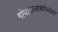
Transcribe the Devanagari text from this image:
गोपाळनाथांच्यावर